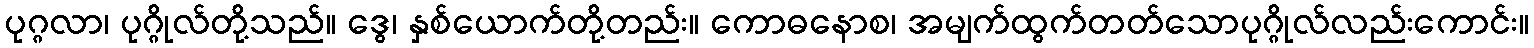
ပုဂ္ဂလာ၊ ပုဂ္ဂိုလ်တို့သည်။ ဒွေ၊ နှစ်ယောက်တို့တည်း။ ကောဓနောစ၊ အမျက်ထွက်တတ်သောပုဂ္ဂိုလ်လည်းကောင်း။